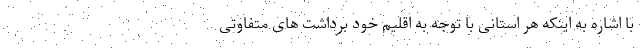
با اشاره به اینکه هر استانی با توجه به اقلیم خود برداشت های متفاوتی